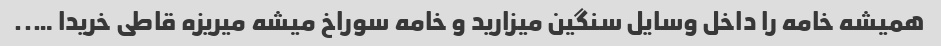
همیشه خامه را داخل وسایل سنگین میزارید و خامه سوراخ میشه میریزه قاطی خریدا …..